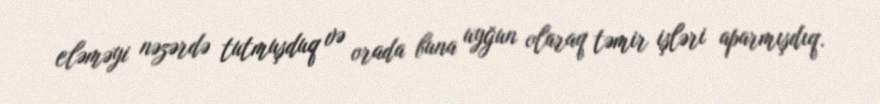
eləməyi nəzərdə tutmuşduq və orada buna uyğun olaraq təmir işləri aparmışdıq.